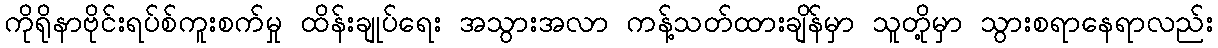
ကိုရိုနာဗိုင်းရပ်စ်ကူးစက်မှု ထိန်းချုပ်ရေး အသွားအလာ ကန့်သတ်ထားချိန်မှာ သူတို့မှာ သွားစရာနေရာလည်း